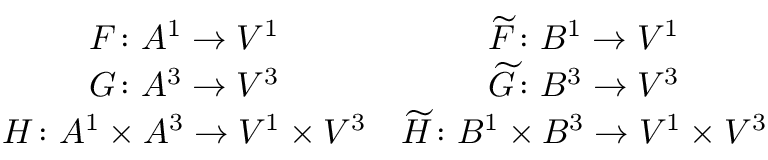
\begin{array} { c c } { F \colon A ^ { 1 } \to V ^ { 1 } } & { \widetilde F \colon B ^ { 1 } \to V ^ { 1 } } \\ { G \colon A ^ { 3 } \to V ^ { 3 } } & { \widetilde G \colon B ^ { 3 } \to V ^ { 3 } } \\ { H \colon A ^ { 1 } \times A ^ { 3 } \to V ^ { 1 } \times V ^ { 3 } } & { \widetilde H \colon B ^ { 1 } \times B ^ { 3 } \to V ^ { 1 } \times V ^ { 3 } } \end{array}